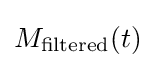
M_{\mathrm {filtered} }(t)